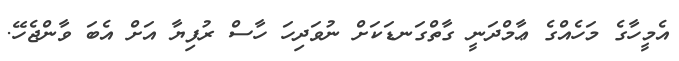
އެމީހާގެ މަހެއްގެ ޢާމްދަނީ ގާތްގަނޑަކަށް ނުވަދިހަ ހާސް ރުފިޔާ އަށް އެބަ ވާންޖެހޭ.